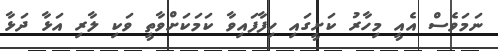
ނަމަވެސް އެއީ މިހާރު ކަށީގައި ހިފާފައިވާ ކަމަކަށްވާތީ ވަކި ލާރި އަޅާ ދަޅާ